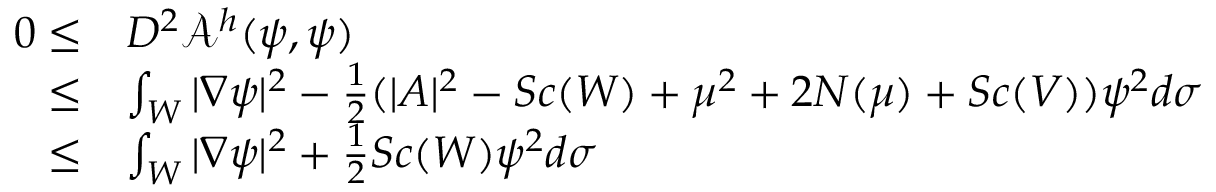
\begin{array} { r l } { 0 \le } & { D ^ { 2 } \mathcal { A } ^ { h } ( \psi , \psi ) } \\ { \le } & { \int _ { W } | \nabla \psi | ^ { 2 } - \frac { 1 } { 2 } ( | A | ^ { 2 } - S c ( W ) + \mu ^ { 2 } + 2 N ( \mu ) + S c ( V ) ) \psi ^ { 2 } d \sigma } \\ { \le } & { \int _ { W } | \nabla \psi | ^ { 2 } + \frac { 1 } { 2 } S c ( W ) \psi ^ { 2 } d \sigma } \end{array}